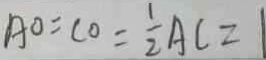
A O = C O = \frac { 1 } { 2 } A C = 1